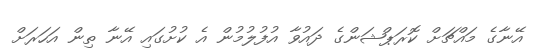
އޭނާގެ މައްޗަށް ކޮރަޕްޝަންގެ ދައުވާ އުފުލުމުން އެ ކުށުގައި އޭނާ ތިން އަހަރަށް